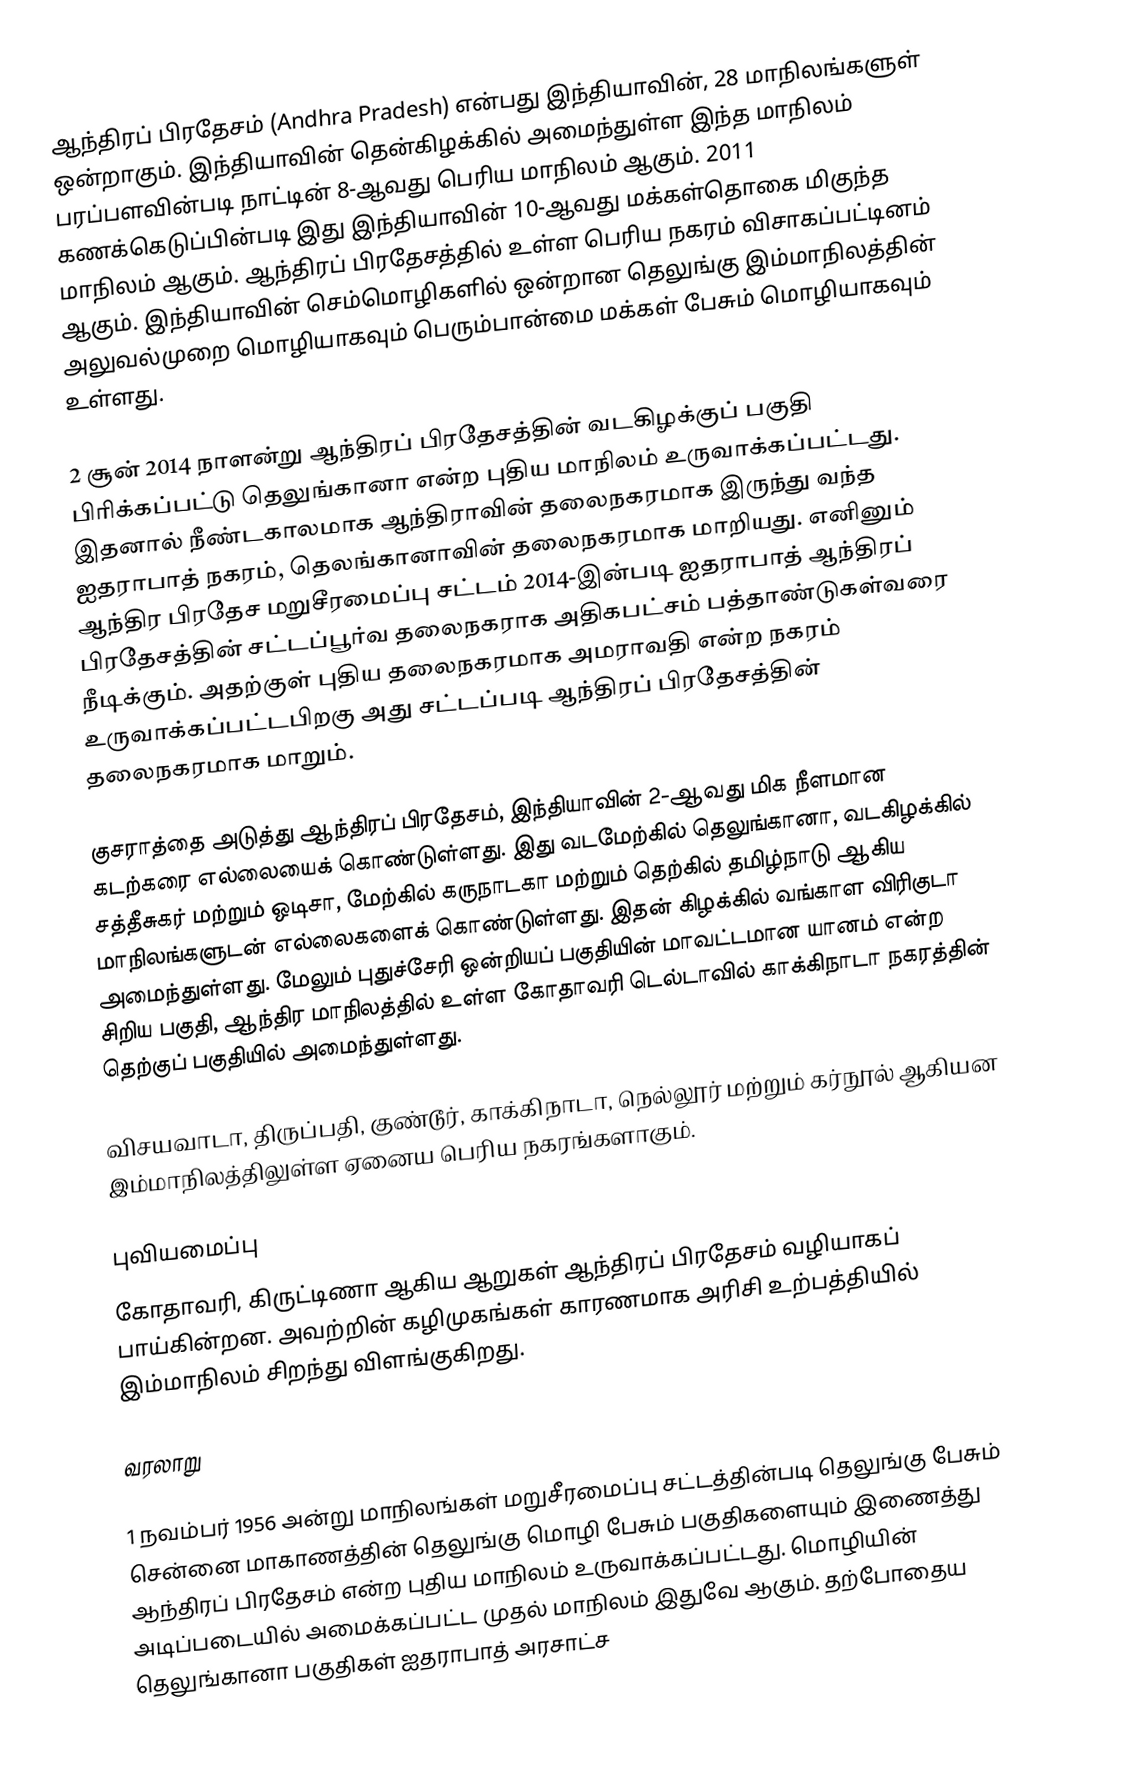
ஆந்திரப் பிரதேசம் (Andhra Pradesh) என்பது இந்தியாவின், 28 மாநிலங்களுள் ஒன்றாகும். இந்தியாவின் தென்கிழக்கில் அமைந்துள்ள இந்த மாநிலம் பரப்பளவின்படி நாட்டின் 8-ஆவது பெரிய மாநிலம் ஆகும். 2011 கணக்கெடுப்பின்படி இது இந்தியாவின் 10-ஆவது மக்கள்தொகை மிகுந்த மாநிலம் ஆகும். ஆந்திரப் பிரதேசத்தில் உள்ள பெரிய நகரம் விசாகப்பட்டினம் ஆகும். இந்தியாவின் செம்மொழிகளில் ஒன்றான தெலுங்கு இம்மாநிலத்தின் அலுவல்முறை மொழியாகவும் பெரும்பான்மை மக்கள் பேசும் மொழியாகவும் உள்ளது.

2 சூன் 2014 நாளன்று ஆந்திரப் பிரதேசத்தின் வடகிழக்குப் பகுதி பிரிக்கப்பட்டு தெலுங்கானா என்ற புதிய மாநிலம் உருவாக்கப்பட்டது. இதனால் நீண்டகாலமாக ஆந்திராவின் தலைநகரமாக இருந்து வந்த ஐதராபாத் நகரம், தெலங்கானாவின் தலைநகரமாக மாறியது. எனினும் ஆந்திர பிரதேச மறுசீரமைப்பு சட்டம் 2014-இன்படி ஐதராபாத் ஆந்திரப் பிரதேசத்தின் சட்டப்பூர்வ தலைநகராக அதிகபட்சம் பத்தாண்டுகள்வரை நீடிக்கும். அதற்குள் புதிய தலைநகரமாக அமராவதி என்ற நகரம் உருவாக்கப்பட்டபிறகு அது சட்டப்படி ஆந்திரப் பிரதேசத்தின் தலைநகரமாக மாறும்.

குசராத்தை அடுத்து ஆந்திரப் பிரதேசம், இந்தியாவின் 2-ஆவது மிக நீளமான கடற்கரை எல்லையைக் கொண்டுள்ளது. இது வடமேற்கில் தெலுங்கானா, வடகிழக்கில் சத்தீசுகர் மற்றும் ஒடிசா, மேற்கில் கருநாடகா மற்றும் தெற்கில் தமிழ்நாடு ஆகிய மாநிலங்களுடன் எல்லைகளைக் கொண்டுள்ளது. இதன் கிழக்கில் வங்காள விரிகுடா அமைந்துள்ளது. மேலும் புதுச்சேரி ஒன்றியப் பகுதியின் மாவட்டமான யானம் என்ற சிறிய பகுதி, ஆந்திர மாநிலத்தில் உள்ள கோதாவரி டெல்டாவில் காக்கிநாடா நகரத்தின் தெற்குப் பகுதியில் அமைந்துள்ளது.

விசயவாடா, திருப்பதி, குண்டூர், காக்கிநாடா, நெல்லூர் மற்றும் கர்நூல் ஆகியன இம்மாநிலத்திலுள்ள ஏனைய பெரிய நகரங்களாகும்.

புவியமைப்பு
கோதாவரி, கிருட்டிணா ஆகிய ஆறுகள் ஆந்திரப் பிரதேசம் வழியாகப் பாய்கின்றன. அவற்றின் கழிமுகங்கள் காரணமாக அரிசி உற்பத்தியில் இம்மாநிலம் சிறந்து விளங்குகிறது.

வரலாறு

1 நவம்பர் 1956 அன்று மாநிலங்கள் மறுசீரமைப்பு சட்டத்தின்படி தெலுங்கு பேசும் சென்னை மாகாணத்தின் தெலுங்கு மொழி பேசும் பகுதிகளையும் இணைத்து ஆந்திரப் பிரதேசம் என்ற புதிய மாநிலம் உருவாக்கப்பட்டது. மொழியின் அடிப்படையில் அமைக்கப்பட்ட முதல் மாநிலம் இதுவே ஆகும். தற்போதைய தெலுங்கானா பகுதிகள் ஐதராபாத் அரசாட்ச